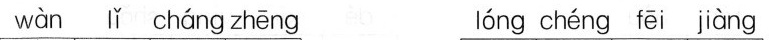
wàn lǐ cháng zhēng lóng chéng fēi jiàng